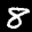
Label: 8